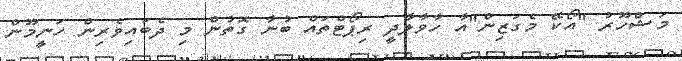
މަޝްހޫރު "އޯކޭ މެގަޒިން"އާ ހާވާލާދީ ރިޕޯޓްތައް ބުނާ ގޮތުން މި ދެބައިވެރިން ހަނީމޫން